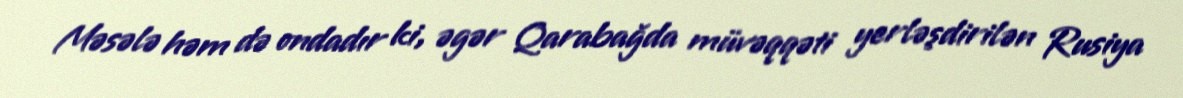
Məsələ həm də ondadır ki, əgər Qarabağda müvəqqəti yerləşdirilən Rusiya